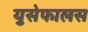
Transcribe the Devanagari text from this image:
युसेफालस